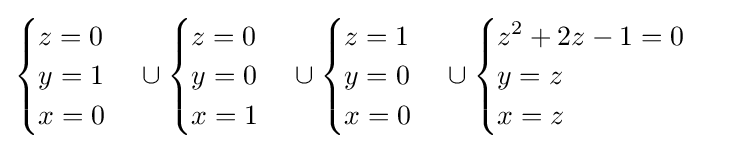
{\begin{cases}z=0\\y=1\\x=0\end{cases}}\cup {\begin{cases}z=0\\y=0\\x=1\end{cases}}\cup {\begin{cases}z=1\\y=0\\x=0\end{cases}}\cup {\begin{cases}z^{2}+2z-1=0\\y=z\\x=z\end{cases}}